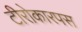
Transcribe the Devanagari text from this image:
टीरोकारपस